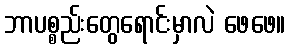
ဘာပစ္စည်းတွေရောင်းမှာလဲ ဖေဖေ။